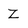
Character: Z